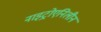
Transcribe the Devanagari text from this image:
नाइट्रोएनिलीन